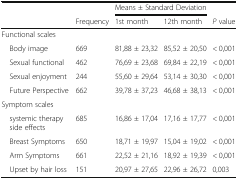
<table><thead><tr><td></td><td></td><td colspan="2"><b>Means ± Standard Deviation</b></td><td></td></tr><tr><td></td><td><b>Frequency</b></td><td><b>1st month</b></td><td><b>12th month</b></td><td><b><i>P</i> value</b></td></tr></thead><tbody><tr><td colspan="5">Functional scales</td></tr><tr><td> Body image</td><td>669</td><td>81,88 ± 23,32</td><td>85,52 ± 20,50</td><td>&lt; 0,001</td></tr><tr><td> Sexual functional</td><td>462</td><td>76,69 ± 23,68</td><td>69,84 ± 22,19</td><td>&lt; 0,001</td></tr><tr><td> Sexual enjoyment</td><td>244</td><td>55,60 ± 29,64</td><td>53,14 ± 30,30</td><td>&lt; 0,001</td></tr><tr><td> Future Perspective</td><td>662</td><td>39,78 ± 37,23</td><td>46,68 ± 38,13</td><td>&lt; 0,001</td></tr><tr><td colspan="5">Symptom scales</td></tr><tr><td> systemic therapy side effects</td><td>685</td><td>16,86 ± 17,04</td><td>17,16 ± 17,77</td><td>&lt; 0,001</td></tr><tr><td> Breast Symptoms</td><td>650</td><td>18,71 ± 19,97</td><td>15,04 ± 19,02</td><td>&lt; 0,001</td></tr><tr><td> Arm Symptoms</td><td>661</td><td>22,52 ± 21,16</td><td>18,92 ± 19,39</td><td>&lt; 0,001</td></tr><tr><td> Upset by hair loss</td><td>151</td><td>20,97 ± 27,65</td><td>22,96 ± 26,72</td><td>0,003</td></tr></tbody></table>